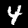
Digit: 4